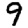
Digit: 9